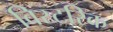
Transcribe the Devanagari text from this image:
विस्टरिक